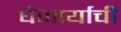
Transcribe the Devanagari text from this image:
घेणार्याची